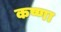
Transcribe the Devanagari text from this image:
कष्णा